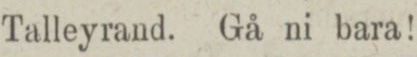
Talleyrand. Gå ni bara!